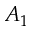
A _ { 1 }